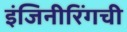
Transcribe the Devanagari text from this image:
इंजिनीरिंगची